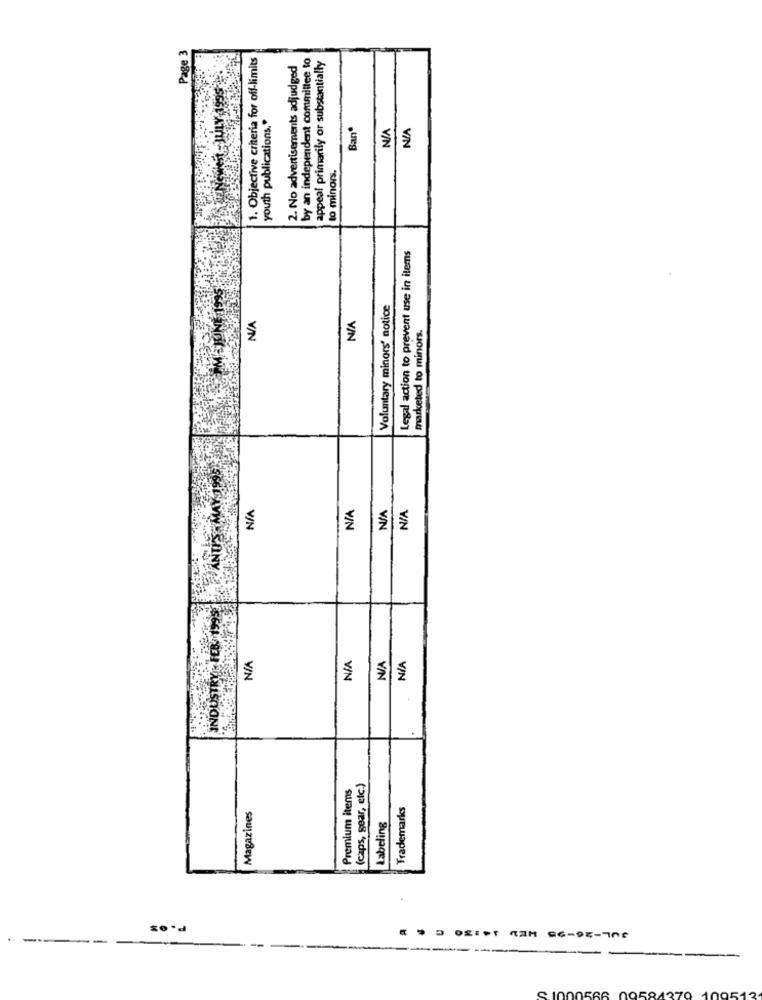
Page 3
1. Objective criteria for off-limits
by an independent commillee to
appeal primarily or substantially
2. No advertisements adjudged
est - JULY 1995
youth publications."
Ban
to minors.
Legal action to prevent use in items
Voluntary minors' notice
marketed to minors.
NIA
PANT
INDUSTRY FEB 199
NIA
Premium items
(caps, gear, etc.)
Trademarks
Magazines
Labeling
P.03
-------